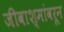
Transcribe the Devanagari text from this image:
जीवाश्मांवरून